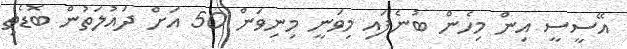
އޭސީސީ އިން މިހެން ބުނެފައި މިވަނީ މިނިވަން 50 އަށް ދައުލަތުން ބޮޑެތި